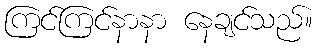
ကြင်ကြင်နာနာ နေချင်သည်။